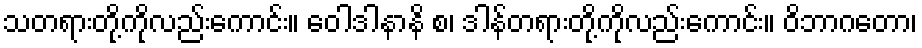
သတရားတို့ကိုလည်းကောင်း။ ဝေါဒါနာနိ စ၊ ဒါန်တရားတို့ကိုလည်းကောင်း။ ဝိဘာဂတော၊